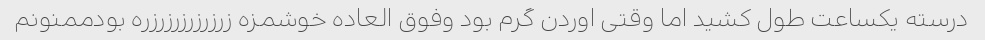
درسته یکساعت طول کشید اما وقتی اوردن گرم بود وفوق العاده خوشمزه زرزرزرزرزرزره بودممنونم